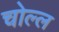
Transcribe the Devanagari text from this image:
चोल्ल